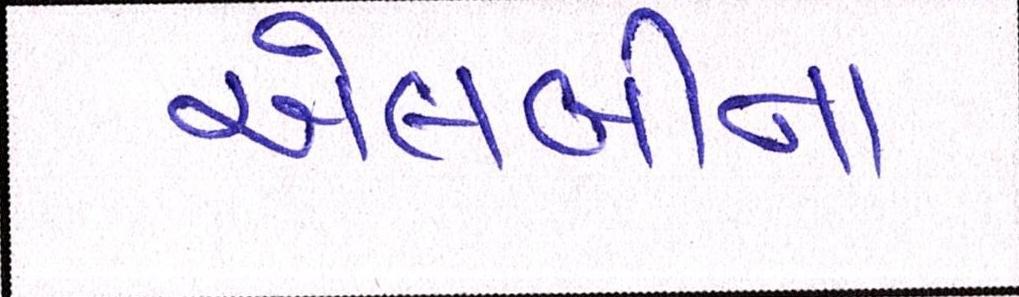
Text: એલબીના